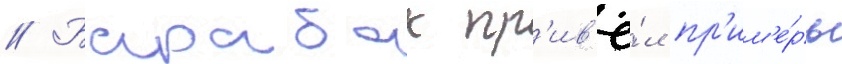
// Барабак пр'ив'ё́л пр'им'е́ры